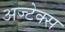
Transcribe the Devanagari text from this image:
अज्टेक्स